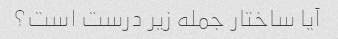
آیا ساختار جمله زیر درست است؟